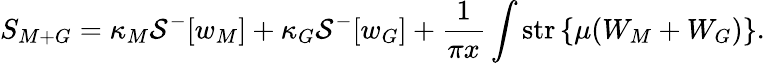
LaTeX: S_{M+G}=\kappa_{M}{\cal S}^{-}[w_{M}]+\kappa_{G}{\cal S}^{-}[w_{G}]+\frac{1}{\pi x}\int\mathrm{str}\left\{ \mu(W_{M}+W_{G})\right\} .